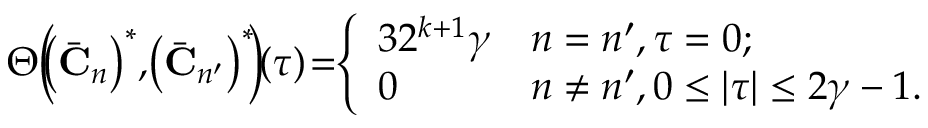
\begin{array} { r l } & { \Theta \Big ( \! \! \! \left( \Bar { \mathbf { C } } _ { n } \right) ^ { * } \! , \! \left( \Bar { \mathbf { C } } _ { n ^ { \prime } } \right) ^ { * } \! \! \Big ) \! ( \tau ) \! = \! \! \left\{ \begin{array} { l l } { 3 2 ^ { k + 1 } \gamma } & { n = n ^ { \prime } , \tau = 0 ; } \\ { 0 } & { n \neq n ^ { \prime } , 0 \leq | \tau | \leq 2 \gamma - 1 . } \end{array} \right. } \end{array}